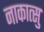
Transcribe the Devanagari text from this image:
नाकात्सु